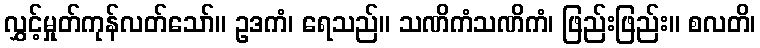
လွှင့်မှုတ်ကုန်လတ်သော်။ ဥဒကံ၊ ရေသည်။ သဏိကံသဏိကံ၊ ဖြည်းဖြည်း။ စလတိ၊